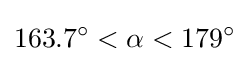
163.7^{\circ }<\alpha <179^{\circ }